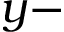
y -